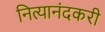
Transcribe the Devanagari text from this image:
नित्यानंदकरी